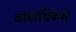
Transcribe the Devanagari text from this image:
वर्णाधिकार